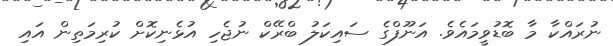
ނުރައްކާ މާ ބޮޑުވީމައެވެ. އަނޫފްގެ ސައިކަލު ބްރޭކް ނުޖެހި އުޅެނިކޮށް ކުރިމަތިން އައި